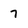
Character: 7